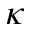
\kappa